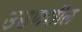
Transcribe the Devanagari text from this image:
उडणशील